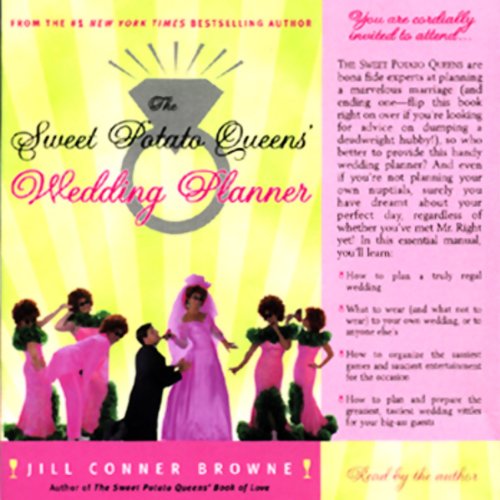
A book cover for The Sweet Potato Queens' Wedding Planner & Divorce Guide; Jill Conner Browne; Crafts, Hobbies & Home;